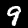
Label: 9